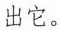
出它。